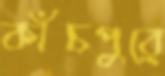
কাঁচপুরে